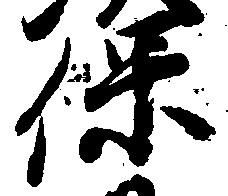
保